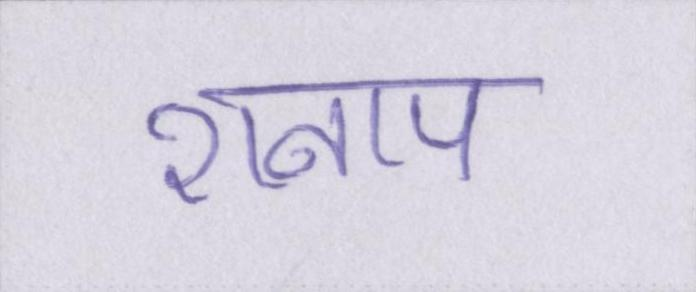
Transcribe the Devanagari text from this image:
शनाप